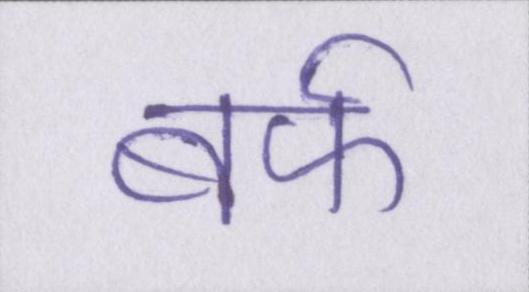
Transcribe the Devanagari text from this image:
बर्फ